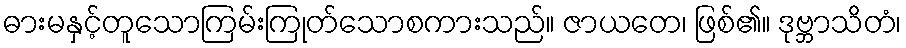
ဓားမနှင့်တူသောကြမ်းကြုတ်သောစကားသည်။ ဇာယတေ၊ ဖြစ်၏။ ဒုဗ္ဘာသိတံ၊